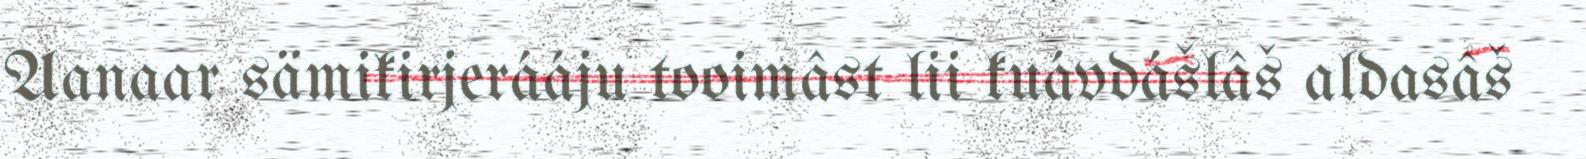
Aanaar sämikirjerááju tooimâst lii kuávdášlâš aldasâš